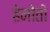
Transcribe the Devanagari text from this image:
हेमोंतो